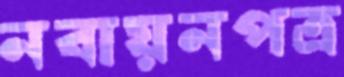
নবায়নপত্র